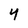
Character: 4